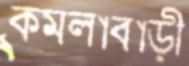
কমলাবাড়ী